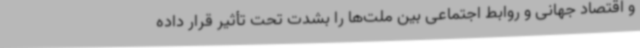
و اقتصاد جهانی و روابط اجتماعی بین ملت‌ها را بشدت تحت تأثیر قرار داده